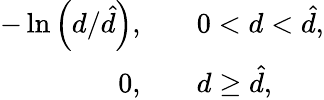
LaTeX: \begin{array}{rl}{-\ln\left(d/\hat{d}\right),\quad}&{{}0<d<\hat{d},}\\ {0,\quad}&{{}d\geq\hat{d},}\end{array}